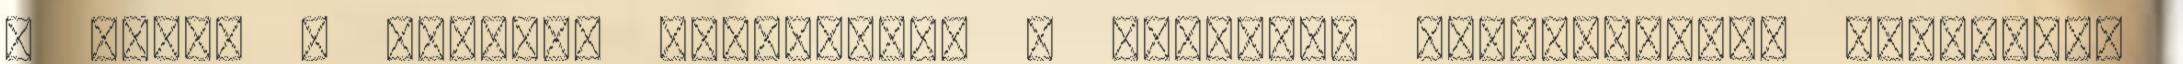
E nyelv a nemzeti önállóság, a szellemi függetlenség legrégibb